Scottish Leaving Certificate Examination, 1959
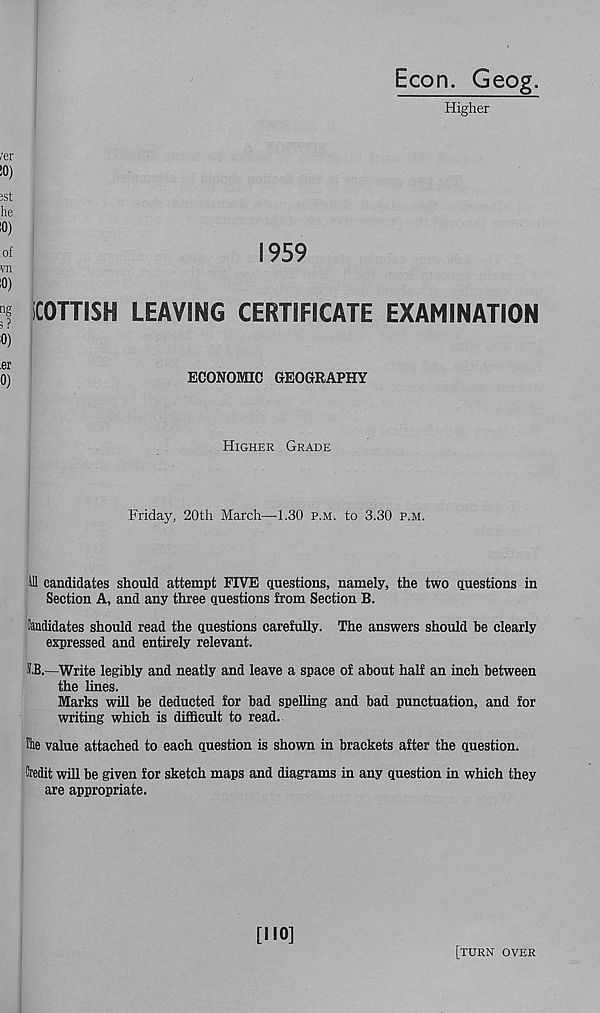
Econ. Geog.
Higher
1959
SCOTTISH LEAVING CERTIFICATE EXAMINATION
ECONOMIC GEOGRAPHY
Higher Grade
Friday, 20th March—1.30 p.m. to 3.30 p.m.
ill candidates should attempt FIVE questions, namely, the two questions in
Section A, and any three questions from Section B.
Candidates should read the questions carefully. The answers should be clearly
expressed and entirely relevant.
S.B.—Write legibly and neatly and leave a space of about half an inch between
the lines.
Marks will be deducted for bad spelling and bad punctuation, and for
writing which is difficult to read.
foe value attached to each question is shown in brackets after the question.
Credit will be given for sketch maps and diagrams in any question in which they
are appropriate.
[NO]
[turn over